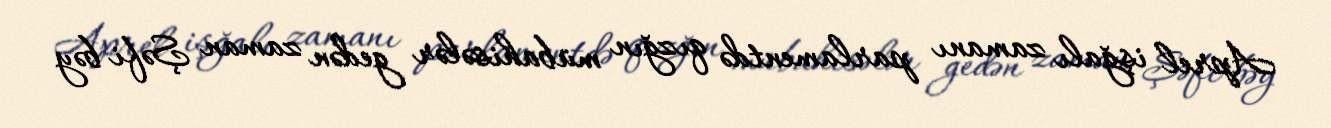
Aprel işğalı zamanı parlamentdə qızğın mübahisələr gedən zaman Şəfi bəy